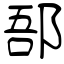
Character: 郚